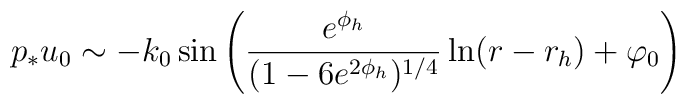
p_*u_0 \sim -k_0\, {\rm sin}\left(\frac{e^{\phi_h}}{(1-6e^{2\phi_h})^{1/4}}\ln(r-r_h) + \varphi_0\right)